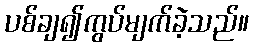
ပစ်ချ၍ကွပ်မျက်ခဲ့သည်။